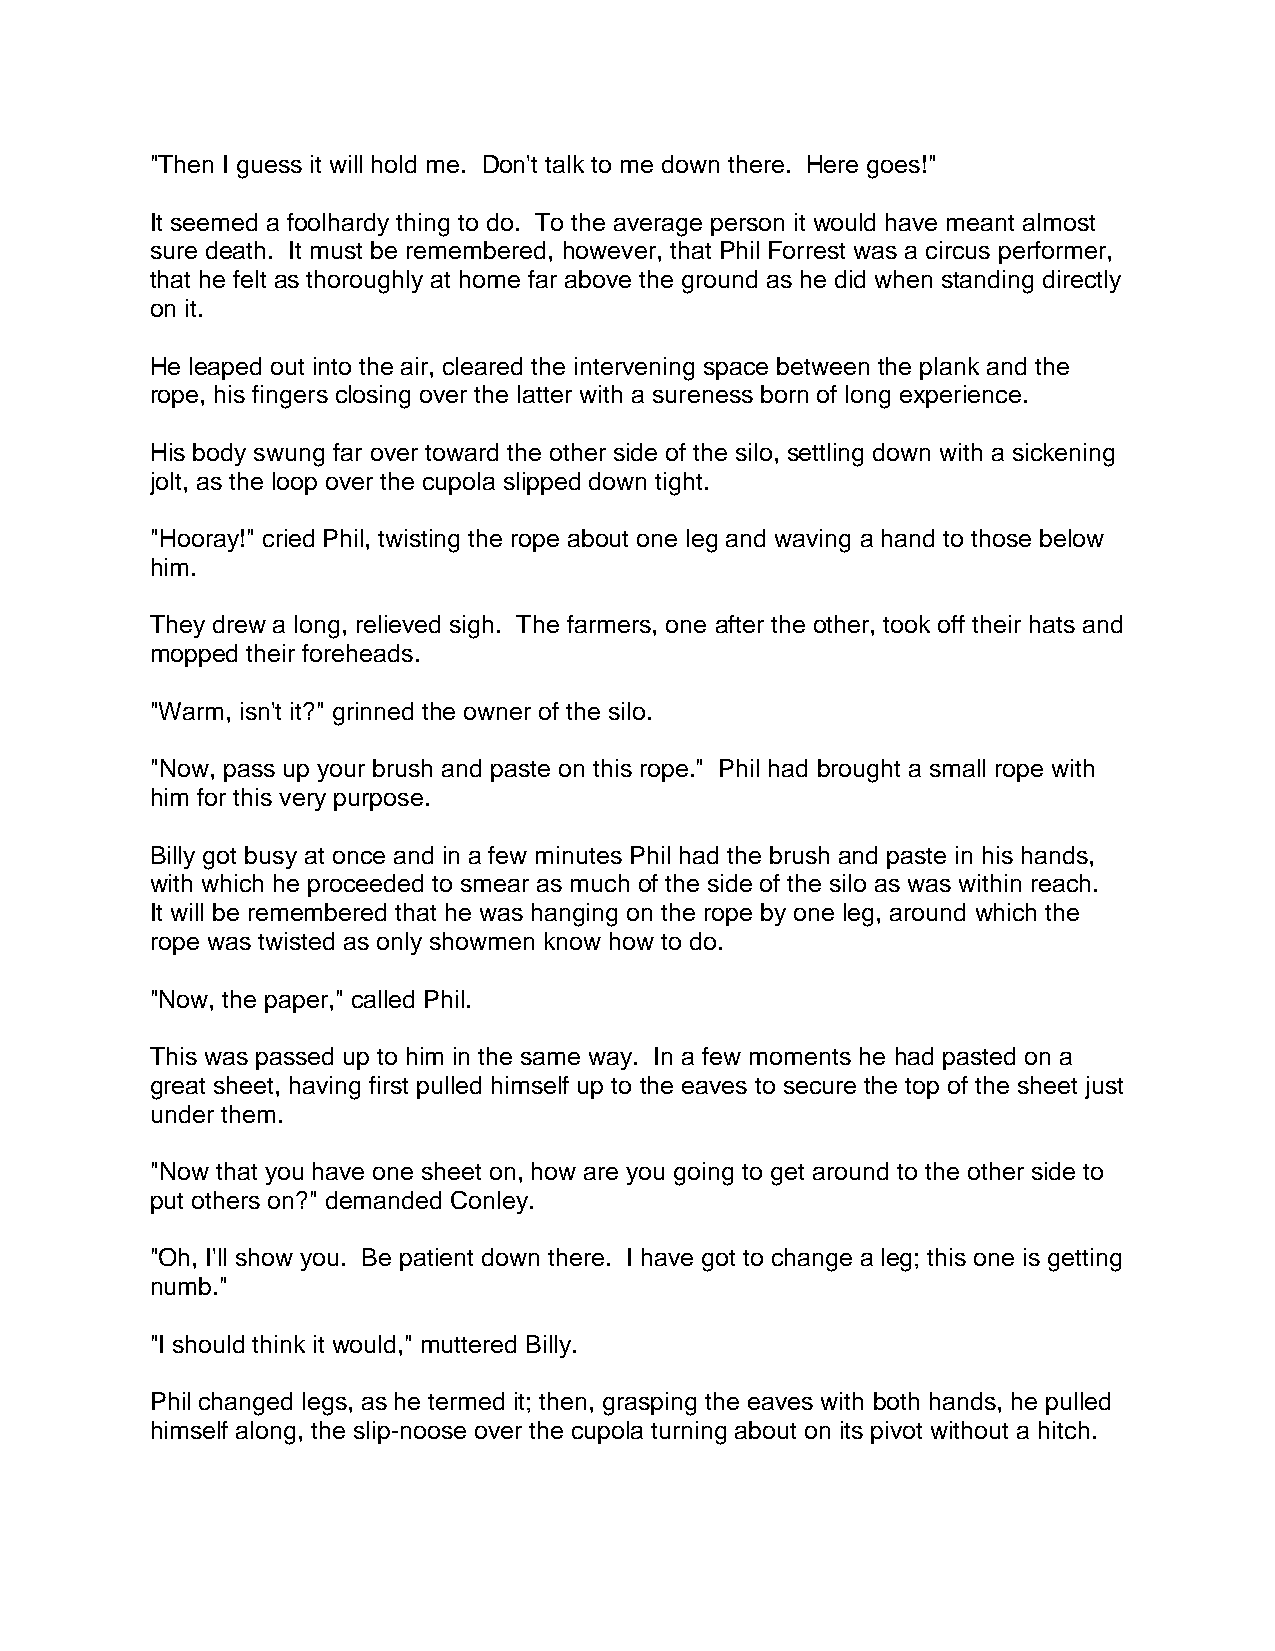
"Then I guess it will hold me. Don't talk to me down there. Here goes!"
 It seemed a foolhardy thing to do. To the average person it would have meant almost
 sure death. It must be remembered, however, that Phil Forrest was a circus performer,
 that he felt as thoroughly at home far above the ground as he did when standing directly
 on it.
 He leaped out into the air, cleared the intervening space between the plank and the
 rope, his fingers closing over the latter with a sureness born of long experience.
 His body swung far over toward the other side of the silo, settling down with a sickening
 jolt, as the loop over the cupola slipped down tight.
 "Hooray!" cried Phil, twisting the rope about one leg and waving a hand to those below
 him.
 They drew a long, relieved sigh. The farmers, one after the other, took off their hats and
 mopped their foreheads.
 "Warm, isn't it?" grinned the owner of the silo.
 "Now, pass up your brush and paste on this rope." Phil had brought a small rope with
 him for this very purpose.
 Billy got busy at once and in a few minutes Phil had the brush and paste in his hands,
 with which he proceeded to smear as much of the side of the silo as was within reach.
 It will be remembered that he was hanging on the rope by one leg, around which the
 rope was twisted as only showmen know how to do.
 "Now, the paper," called Phil.
 This was passed up to him in the same way. In a few moments he had pasted on a
 great sheet, having first pulled himself up to the eaves to secure the top of the sheet just
 under them.
 "Now that you have one sheet on, how are you going to get around to the other side to
 put others on?" demanded Conley.
 "Oh, I'll show you. Be patient down there. I have got to change a leg; this one is getting
 numb."
 "I should think it would," muttered Billy.
 Phil changed legs, as he termed it; then, grasping the eaves with both hands, he pulled
 himself along, the slip-noose over the cupola turning about on its pivot without a hitch.